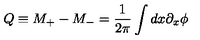
Q \equiv M _ { + } - M _ { - } = \frac { 1 } { 2 \pi } \int d x \partial _ { x } \phi